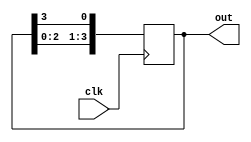
module ring_counter(
    input wire clk,
    output wire [3:0] out
);

reg [3:0] state;

always @(posedge clk) begin
    state <= {state[2:0], state[3]};
end

assign out = state;

endmodule